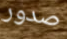
صدور